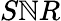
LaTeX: S\mathbb{N}R